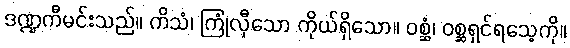
ဒဏ္ဍကီမင်းသည်။ ကိသံ၊ ကြုံလှီသော ကိုယ်ရှိသော။ ဝစ္ဆံ၊ ဝစ္ဆရှင်ရသေ့ကို။